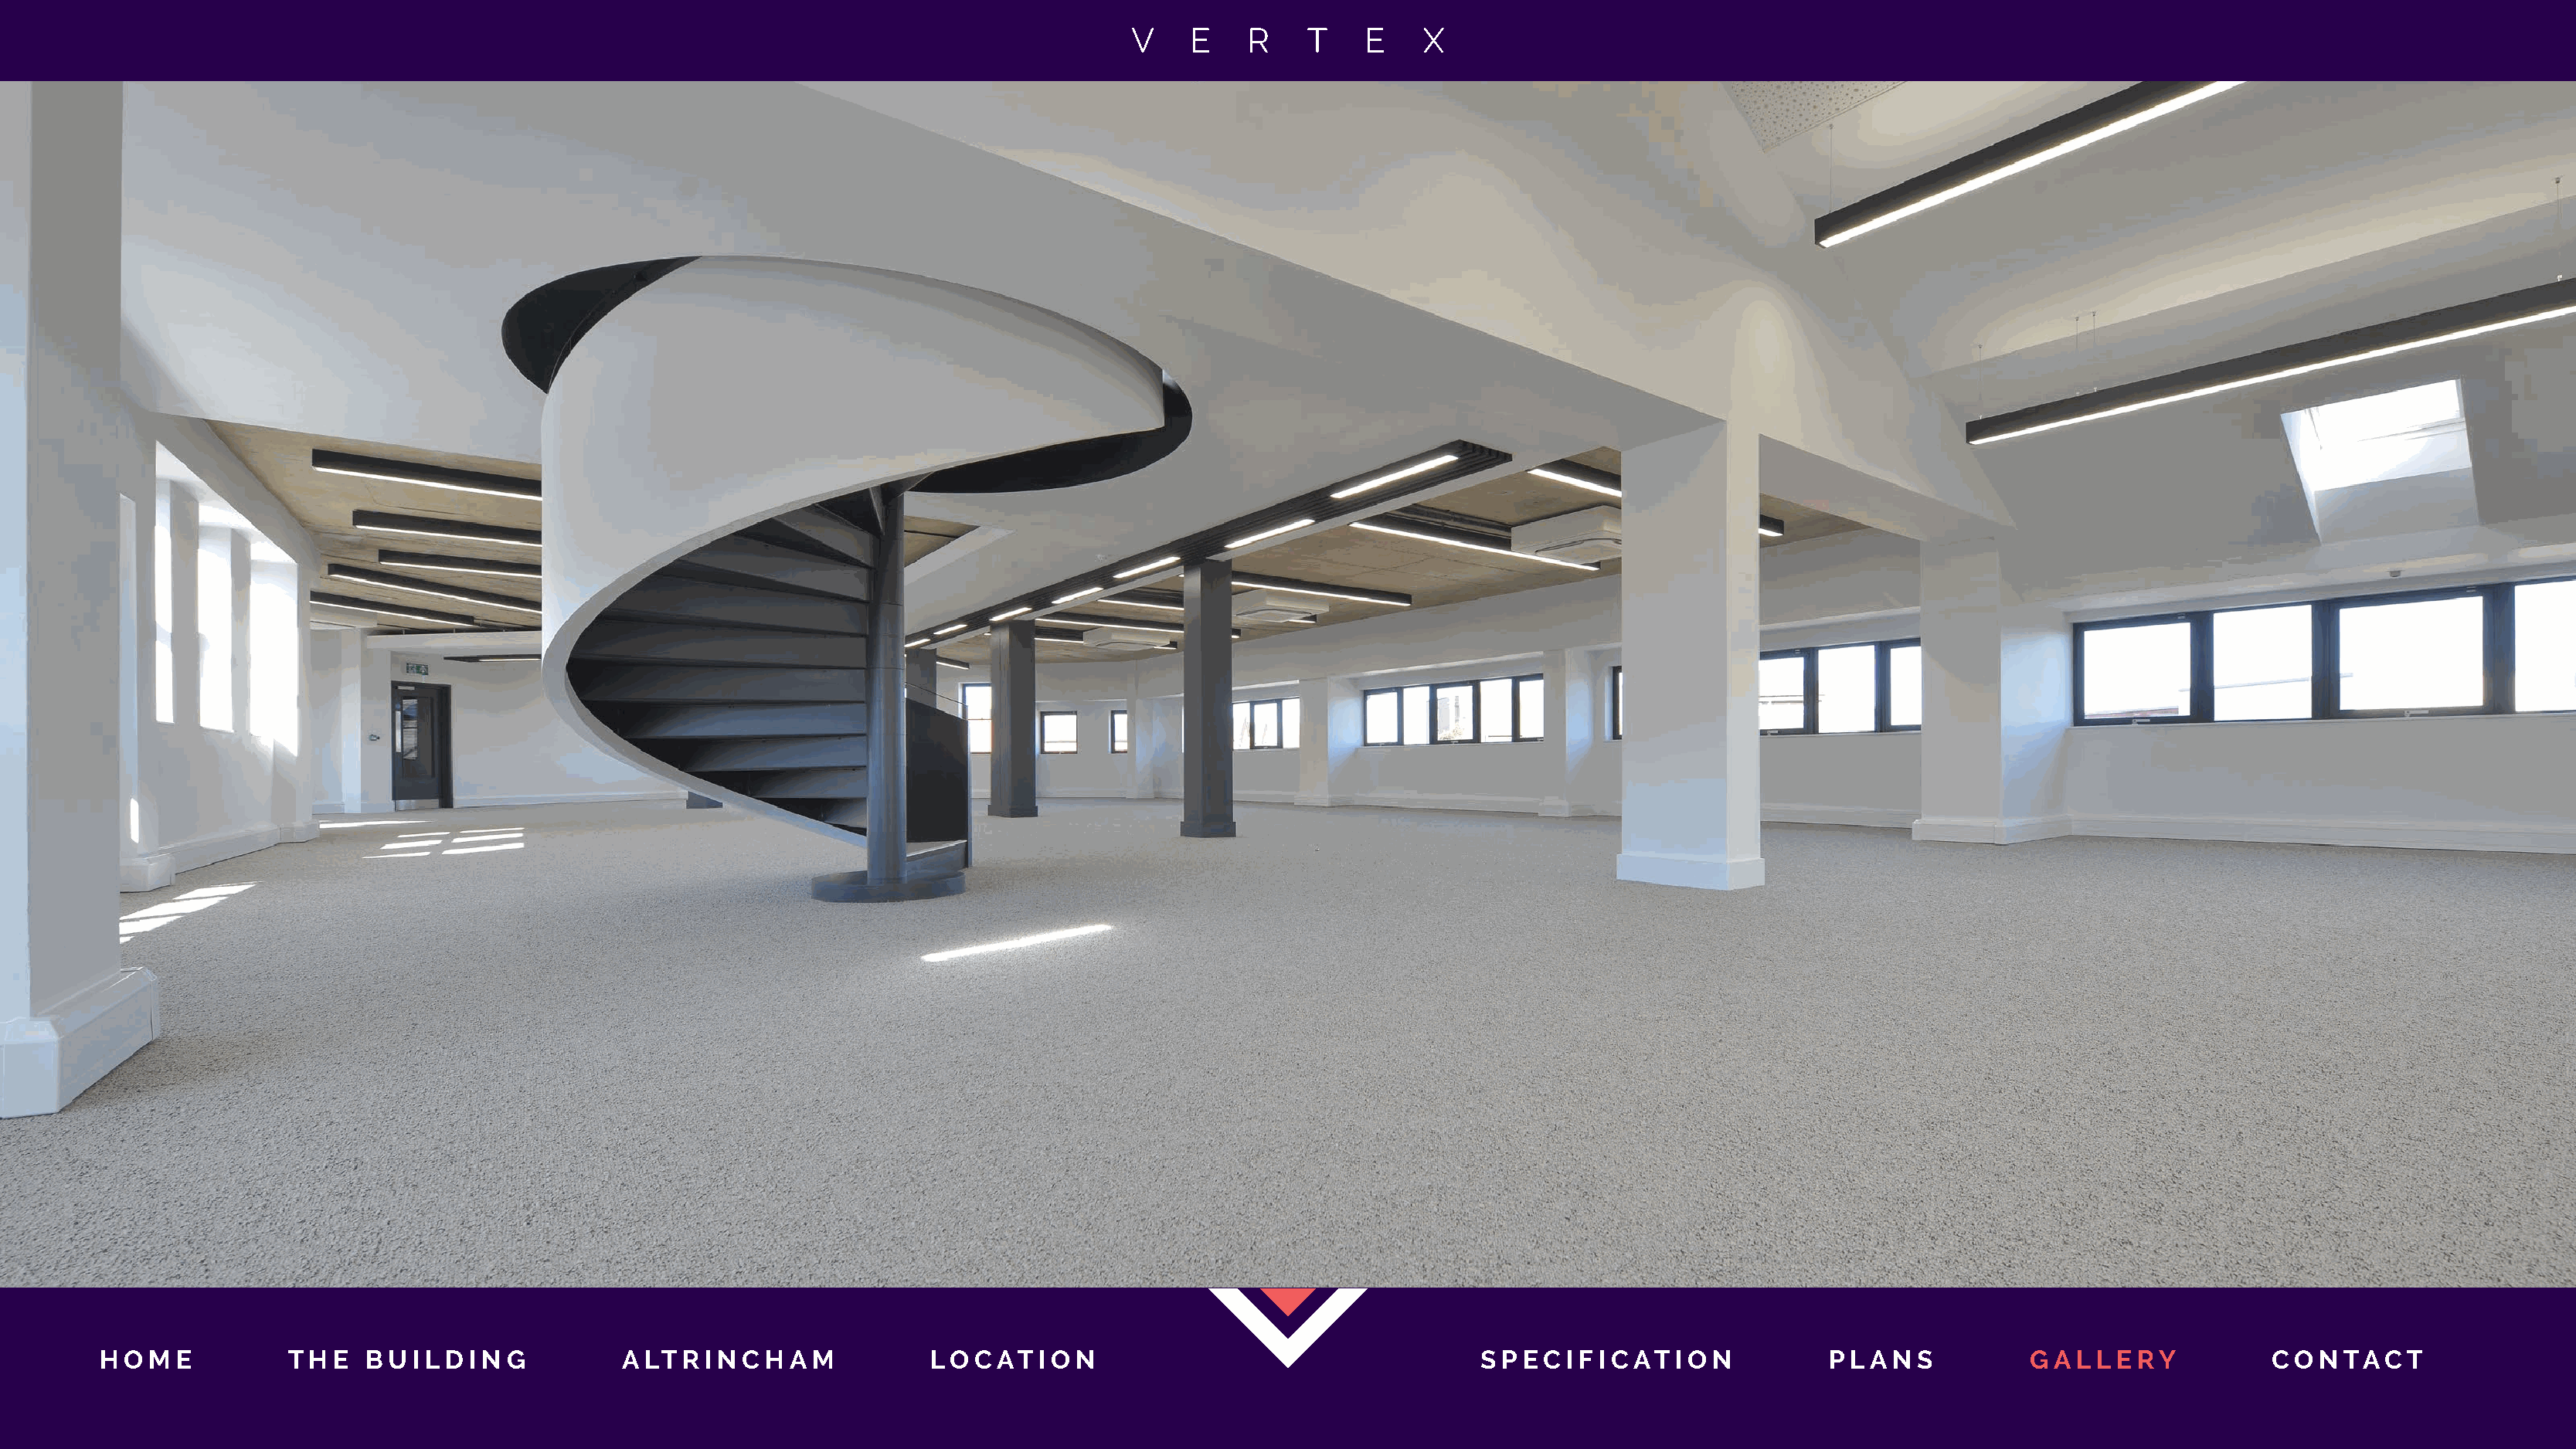
H O M E         T H E B U I L D I N G       A LT R I N C H A M         LO C AT  I O N                                 S P EC I F I C AT I O N       P L A N S        GG AA LL LL EE RRYY  C O N TAC  T